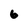
Character: 6